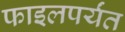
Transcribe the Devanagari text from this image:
फाइलपर्यंत